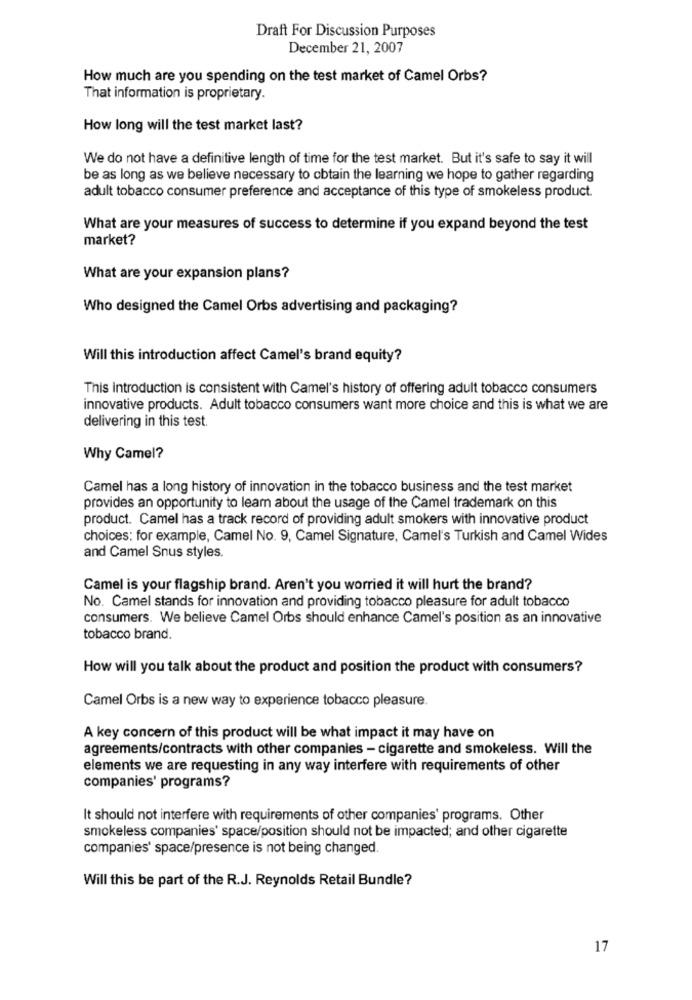
Draft For Discussion Purposes
December 21, 2007
How much are you spending on the test market of Camel Orbs?
That information is proprietary.
How long will the test market last?
We do not have a definitive length of time for the test market. But it's safe to say it will
be as long as we believe necessary to obtain the learning we hope to gather regarding
adult tobacco consumer preference and acceptance of this type of smokeless product.
What are your measures of success to determine if you expand beyond the test
market?
What are your expansion plans?
Who designed the Camel Orbs advertising and packaging?
Will this introduction affect Camel's brand equity?
This introduction is consistent with Camel's history of offering adult tobacco consumers
innovative products. Adult tobacco consumers want more choice and this is what we are
delivering in this test.
Why Camel?
Camel has a long history of innovation in the tobacco business and the test market
provides an opportunity to learn about the usage of the Camel trademark on this
product. Camel has a track record of providing adult smokers with innovative product
choices: for example, Camel No. 9, Camel Signature, Camel's Turkish and Camel Wides
and Camel Snus styles.
Camel is your flagship brand. Aren't you worried it will hurt the brand?
No. Camel stands for innovation and providing tobacco pleasure for adult tobacco
consumers. We believe Camel Orbs should enhance Camel's position as an innovative
tobacco brand.
How will you talk about the product and position the product with consumers?
Camel Orbs is a new way to experience tobacco pleasure.
A key concern of this product will be what impact it may have on
agreements/contracts with other companies - cigarette and smokeless. Will the
elements we are requesting in any way interfere with requirements of other
companies' programs?
It should not interfere with requirements of other companies' programs. Other
smokeless companies' space/position should not be impacted; and other cigarette
companies' space/presence is not being changed.
Will this be part of the R.J. Reynolds Retail Bundle?
17